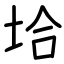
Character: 垥